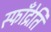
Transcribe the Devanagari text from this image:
स्फॉँद्रेति